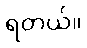
ရတယ်။